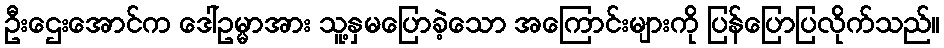
ဦးဌေးအောင်က ဒေါ်ဥမ္မာအား သူ့နှမပြောခဲ့သော အကြောင်းများကို ပြန်ပြောပြလိုက်သည်။